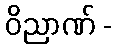
ဝိညာဏ် -